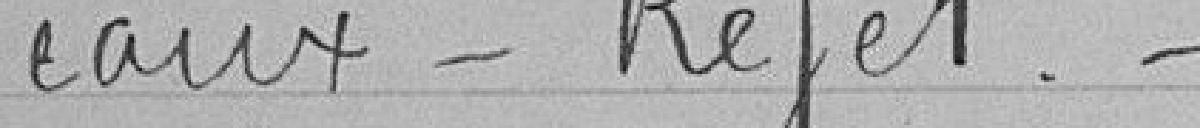
eaux . Rejet.